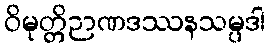
ဝိမုတ္တိဉာဏဒဿနသမ္ပဒါ